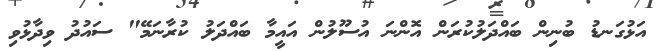
އަޅުގަނޑު ބުނިން ބައްދަލުކުރަން އޮންނަ އުސޫލުން އައީމާ ބައްދަލު ކުރާނަމޭ" ސައުދު ވިދާޅުވި